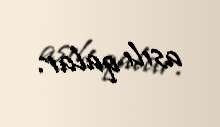
asılı qalar.